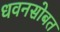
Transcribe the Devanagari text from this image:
धवनसोबत